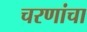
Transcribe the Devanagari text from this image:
चरणांचा